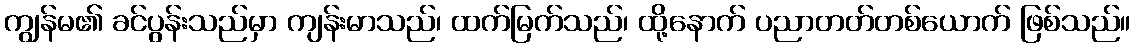
ကျွန်မ၏ ခင်ပွန်းသည်မှာ ကျန်းမာသည်၊ ထက်မြက်သည်၊ ထို့နောက် ပညာတတ်တစ်ယောက် ဖြစ်သည်။